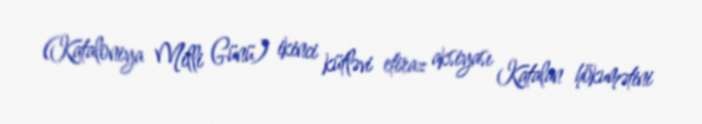
(Kataloniya Milli Günü) ikinci kütləvi etiraz aksiyası Katalan hökumətini